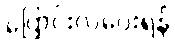
ပြောင်းလဲပေးရန်